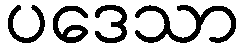
ပဒေသာ